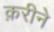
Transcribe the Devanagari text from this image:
क़रीने